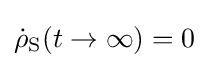
{\dot {\rho }}_{\text{S}}(t\to \infty )=0